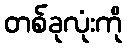
တစ်ခုလုံးကို